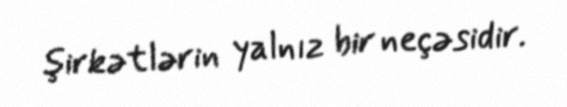
şirkətlərin yalnız bir neçəsidir.